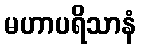
မဟာပရိသာနံ